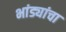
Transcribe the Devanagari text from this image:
भांड्यांचा